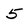
Character: 5